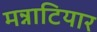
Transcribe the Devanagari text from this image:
मन्नाटियार